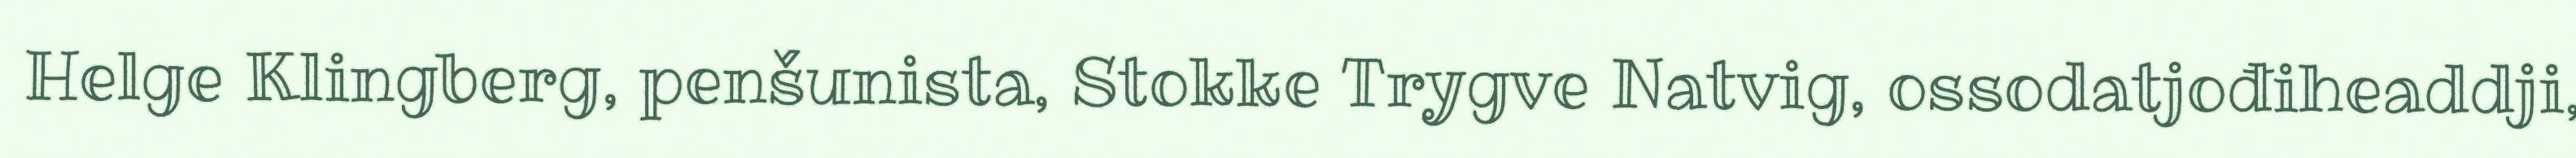
Helge Klingberg, penšunista, Stokke Trygve Natvig, ossodatjođiheaddji,